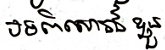
បទពិសោធន៍ខ្លួន